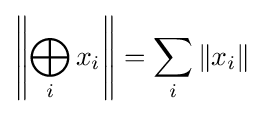
\left\|\bigoplus _{i}x_{i}\right\|=\sum _{i}\|x_{i}\|